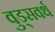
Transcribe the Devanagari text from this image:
वुड्सवर्थ